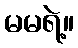
မမရဲ့။